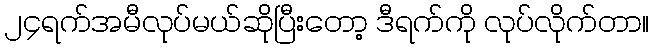
၂၄ရက်အမီလုပ်မယ်ဆိုပြီးတော့ ဒီရက်ကို လုပ်လိုက်တာ။